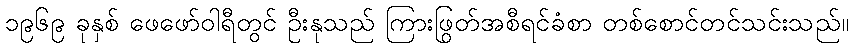
၁၉၆၉ ခုနှစ် ဖေဖော်ဝါရီတွင် ဦးနုသည် ကြားဖြတ်အစီရင်ခံစာ တစ်စောင်တင်သွင်းသည်။